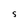
Character: s